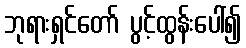
ဘုရားရှင်တော် ပွင့်ထွန်းပေါ်၍